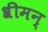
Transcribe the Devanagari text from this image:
श्रीमन्